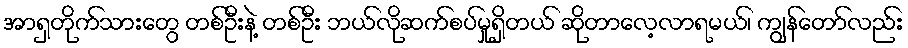
အာရှတိုက်သားတွေ တစ်ဦးနဲ့ တစ်ဦး ဘယ်လိုဆက်စပ်မှုရှိတယ် ဆိုတာလေ့လာရမယ်၊ ကျွန်တော်လည်း